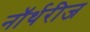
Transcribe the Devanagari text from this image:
नॉर्थरीज